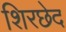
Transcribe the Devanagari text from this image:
शिरछेद